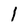
Character: 1